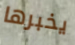
يخبرها